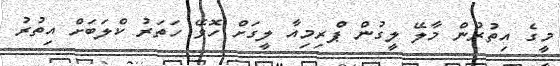
މީގެ އިތުރުން މާލޭ ލީގުން ޕްރިމިއާ ލީގަށް ހޮވޭ ހަތަރު ކްލަބަށް އިތުރު